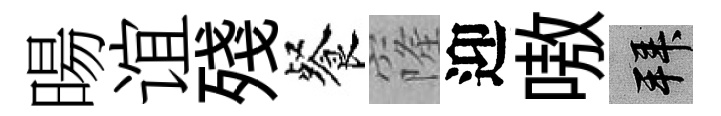
暘谊殘餐窿迎嗷拜